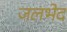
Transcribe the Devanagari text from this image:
जलभेद